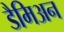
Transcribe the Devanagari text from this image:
डैमिअन